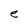
Character: e